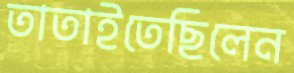
তাতাইতেছিলেন